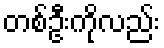
တစ်ဦးကိုလည်း